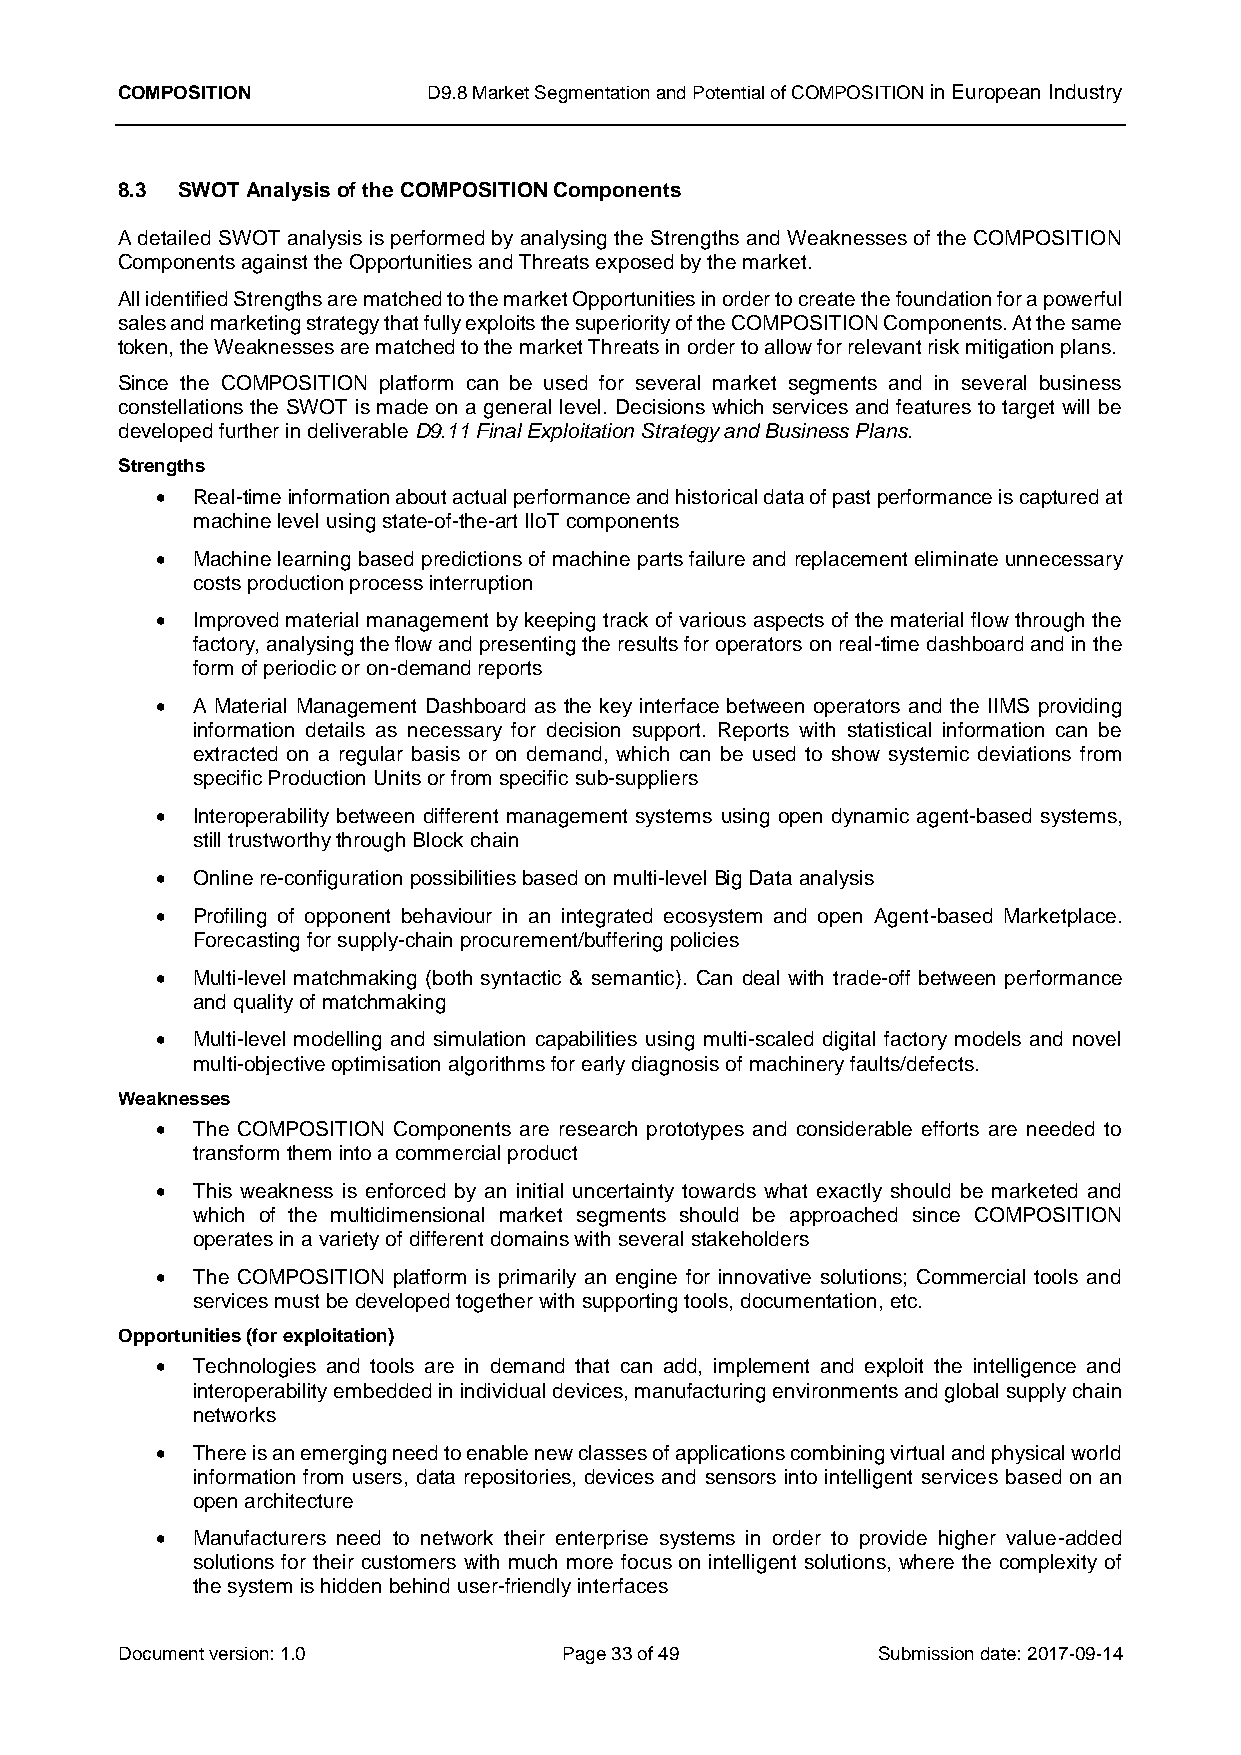
COMPOSITION         D9.8 Market Segmentation and Potential of COMPOSITION in European Industry
 8.3 SWOT Analysis of the COMPOSITION Components
 A detailed SWOT analysis is performed by analysing the Strengths and Weaknesses of the COMPOSITION
 Components against the Opportunities and Threats exposed by the market.
 All identified Strengths are matched to the market Opportunities in order to create the foundation for a powerful
 sales and marketing strategy that fully exploits the superiority of the COMPOSITION Components. At the same
 token, the Weaknesses are matched to the market Threats in order to allow for relevant risk mitigation plans.
 Since the COMPOSITION platform can be used for several market segments and in several business
 constellations the SWOT is made on a general level. Decisions which services and features to target will be
 developed further in deliverable D9.11 Final Exploitation Strategy and Business Plans.
 Strengths
   Real-time information about actual performance and historical data of past performance is captured at
 machine level using state-of-the-art IIoT components
   Machine learning based predictions of machine parts failure and replacement eliminate unnecessary
 costs production process interruption
   Improved material management by keeping track of various aspects of the material flow through the
 factory, analysing the flow and presenting the results for operators on real-time dashboard and in the
 form of periodic or on-demand reports
   A Material Management Dashboard as the key interface between operators and the IIMS providing
 information details as necessary for decision support. Reports with statistical information can be
 extracted on a regular basis or on demand, which can be used to show systemic deviations from
 specific Production Units or from specific sub-suppliers
   Interoperability between different management systems using open dynamic agent-based systems,
 still trustworthy through Block chain
   Online re-configuration possibilities based on multi-level Big Data analysis
   Profiling of opponent behaviour in an integrated ecosystem and open Agent-based Marketplace.
 Forecasting for supply-chain procurement/buffering policies
   Multi-level matchmaking (both syntactic & semantic). Can deal with trade-off between performance
 and quality of matchmaking
   Multi-level modelling and simulation capabilities using multi-scaled digital factory models and novel
 multi-objective optimisation algorithms for early diagnosis of machinery faults/defects.
 Weaknesses
   The COMPOSITION Components are research prototypes and considerable efforts are needed to
 transform them into a commercial product
   This weakness is enforced by an initial uncertainty towards what exactly should be marketed and
 which of the multidimensional market segments should be approached since COMPOSITION
 operates in a variety of different domains with several stakeholders
   The COMPOSITION platform is primarily an engine for innovative solutions; Commercial tools and
 services must be developed together with supporting tools, documentation, etc.
 Opportunities (for exploitation)
   Technologies and tools are in demand that can add, implement and exploit the intelligence and
 interoperability embedded in individual devices, manufacturing environments and global supply chain
 networks
   There is an emerging need to enable new classes of applications combining virtual and physical world
 information from users, data repositories, devices and sensors into intelligent services based on an
 open architecture
   Manufacturers need to network their enterprise systems in order to provide higher value-added
 solutions for their customers with much more focus on intelligent solutions, where the complexity of
 the system is hidden behind user-friendly interfaces
 Document version: 1.0        Page 33 of 49        Submission date: 2017-09-14